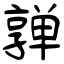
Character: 亸